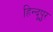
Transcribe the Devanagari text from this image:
हिन्दूपुर